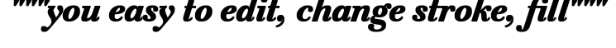
"""you easy to edit, change stroke, fill"""